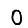
Digit: 0